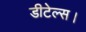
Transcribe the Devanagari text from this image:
डीटेल्स।